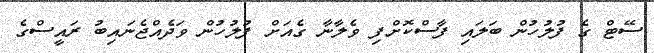
ސޭޓް ގެ ފުލުހުން ބަލައި ފާސްކޮށްފި ވެލާނާ ގެއަށް ފުލުހުން ވަދެއްޖެނައިބު ރައީސްގެ